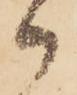
御